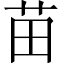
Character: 苗